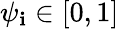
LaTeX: \psi_{\mathbf{i}}\in[0,1]